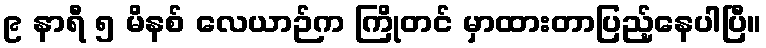
၉ နာရီ ၅ မိနစ် လေယာဉ်က ကြိုတင် မှာထားတာပြည့်နေပါပြီ။